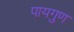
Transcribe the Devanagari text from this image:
पायगुण